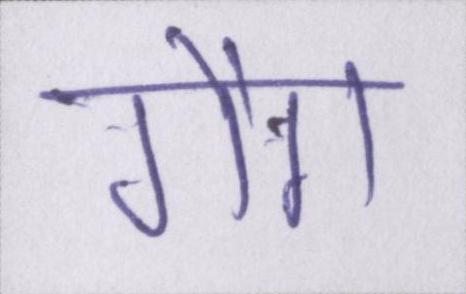
गैंग